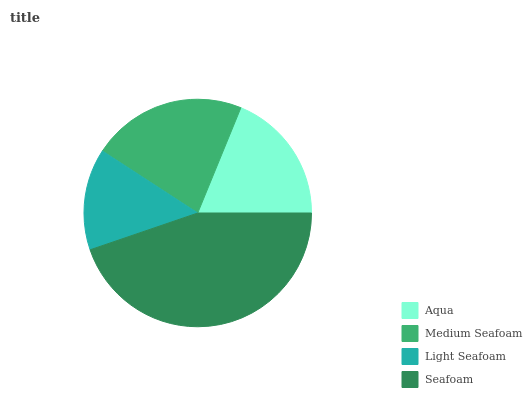
| Aqua | Medium Seafoam | Light Seafoam | Seafoam |
 | --- | --- | --- | --- |
 | 18.8% | 22% | 14.4% | 44.8% |